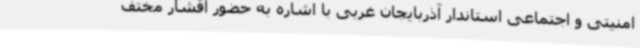
امنیتی و اجتماعی استاندار آذربایجان غربی با اشاره به حضور اقشار مختف